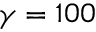
\gamma = 1 0 0